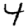
Digit: 4